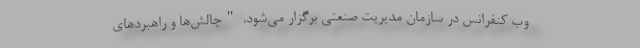
وب کنفرانس در سازمان مدیریت صنعتی برگزار می‌شود. "چالش‌ها و راهبرد‌های